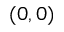
( 0 , 0 )